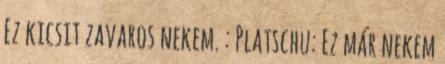
Ez kicsit zavaros nekem. : Platschu: Ez már nekem